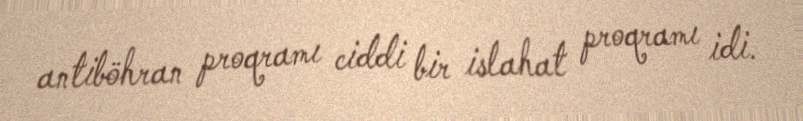
antiböhran proqramı ciddi bir islahat proqramı idi.